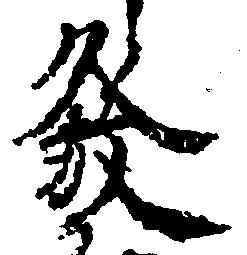
発